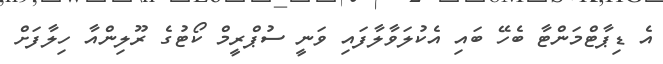
އެ ޑިޕާޓްމަންޓާ ބެހޭ ބައި އެކުލަވާލާފައި ވަނީ ސުޕްރީމް ކޯޓުގެ ރޫލިންއާ ހިލާފަށް